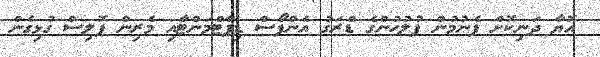
އޮޔާ ދަނިކޮށް ފެނުމުން ފުލުހުންގެ ޑްރަގު އެންފޯސް ޑިޕާޓްމަންޓާއި މެރިން ޕޮލިސް ގުޅިގެން